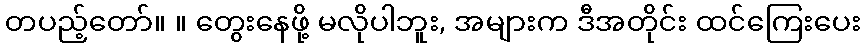
တပည့်တော်။ ။ တွေးနေဖို့ မလိုပါဘူး, အများက ဒီအတိုင်း ထင်ကြေးပေး